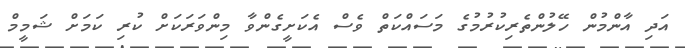
އަދި އާންމުން ހޭލުންތެރިކުރުމުގެ މަސައްކަތް ވެސް އެކަށީގެންވާ މިންވަރަކަށް ކުރި ކަމަށް ޝަމީމް